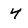
Character: 4